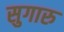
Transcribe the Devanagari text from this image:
सुगारु